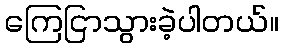
ကြေငြာသွားခဲ့ပါတယ်။